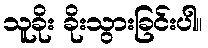
သူခိုး ခိုးသွားခြင်းပါ။